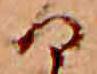
る